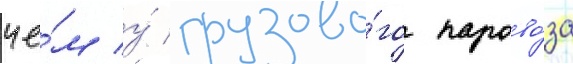
че́м у́ грузово́го парово́за